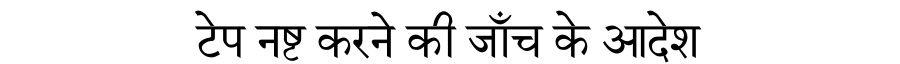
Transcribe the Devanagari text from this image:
टेप नष्ट करने की जाँच के आदेश